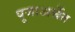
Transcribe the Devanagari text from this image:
पूजाअर्चेत